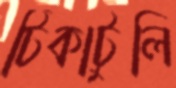
টিকাটুলি